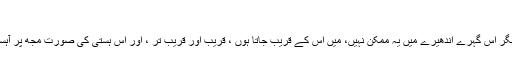
"
میں مخاطب کو دیکھنا چاہتا ہوں مگر اس گہرے اندھیرے میں یہ ممکن نہیں، میں اس کے قریب جاتا ہوں ، قریب اور قریب تر ، اور اس ہستی کی صورت مجھ پر آہستہ آہستہ واضح ہوتی چلی گئی ہے۔